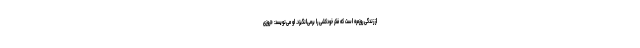
از زندگی روزمره است که فکر خودکشی را برمی‌انگیزد. او می‌نویسد: «روزی